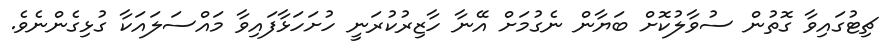
ޗިޓުގައިވާ ގޮތުން ސުވާލުކޮށް ބަޔާން ނެގުމަށް އޭނާ ހާޒިރުކުރަނީ ހުށަހަޅާފައިވާ މައްސަލައަކާ ގުޅިގެންނެވެ.